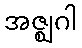
အဇ္ဈဂါ